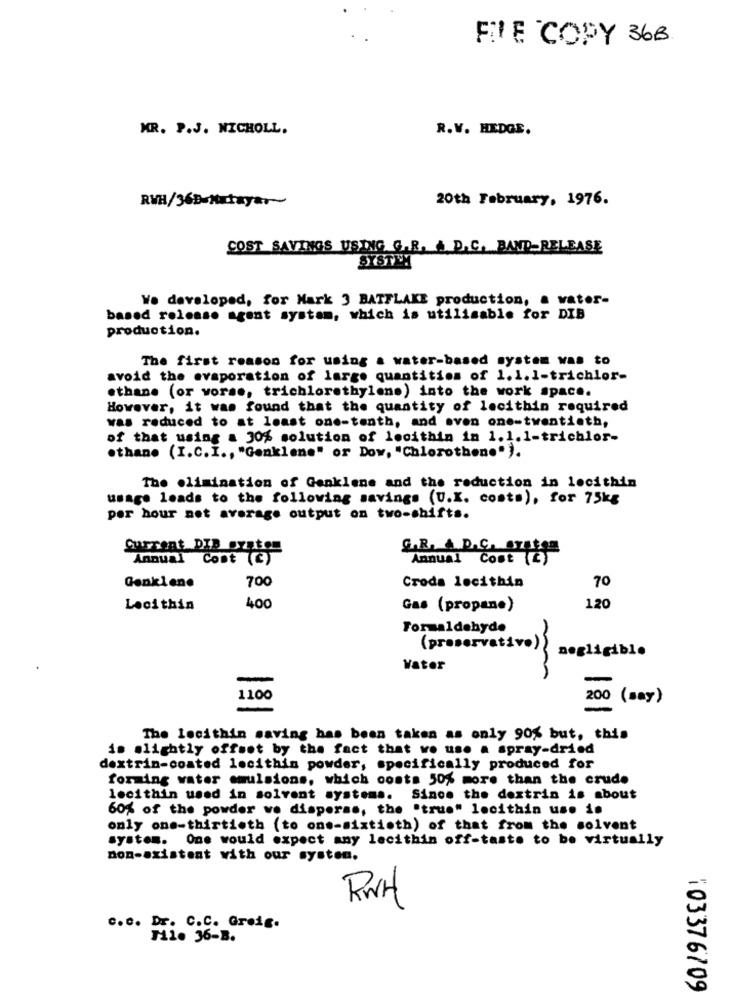
FILE COPY 36B
MR. P.J. NICHOLL.
R.V. HEDGE.
RVH/36D-Nutayar
20th February, 1976.
COST SAVINGS USING G.R, À D.C. BAND-RELEASE
SYSTEM
We developed, for Mark 3 BATFLAKE production, a water-
based release agent systam, which is utilisable for DIB
production.
The first reason for using a water-based system was to
avoid the evaporation of large quantities of 1. 1.1-trichlor-
.thane (or worse, trichlorethylen.) into the work space.
However, it was found that the quantity of lecithin required
was reduced to at least one-tenth, and oven one-twentieth,
of that using a 30% solution of lecithin in 1.1.1-trichlor-
.than. (I.C. I ., "Genklene" or Dow, "Chlorothen." ).
The elimination of Genklene and the reduction in lecithin
usage leads to the following savings (U.K. costs), for 75kg
per hour net average output on two-shifts.
Current DIB oxsten
G.R. A.D.C. STE199
Annual Cont (C)
Annual Cost (E)
700
70
Genklene
Croda lecithin
Lecithin
400
Gas (propane)
120
Formaldehyde
(preservativo)
negligible
Vater
-
1100
200 (say)
The lecithin saving has been taken as only 90% but, this
is slightly offset by the fact that wo use a spray-dried
dextrin-coated lecithin powder, specifically produced for
forming water emulsions, which costs 50% more than the crude
lecithin used in solvent systems. Since the dextrin is about
60% of the powder ve disperss, the "true" lecithin use is
only one-thirtieth (to one-sixtieth) of that from the solvent
system. One would expect any lecithin off-taste to be virtually
non-existent with our system.
RWH
C.C. Greig.
c.D. P1. 36-B.
103376709